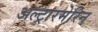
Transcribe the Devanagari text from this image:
अल्ट्रारमेरिन